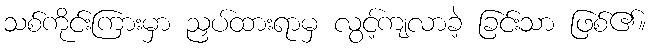
သစ်ကိုင်းကြားမှာ ညှပ်ထားရာမှ လွင့်ကျလာခဲ့ ခြင်းသာ ဖြစ်၏။